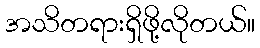
အသိတရားရှိဖို့လိုတယ်။